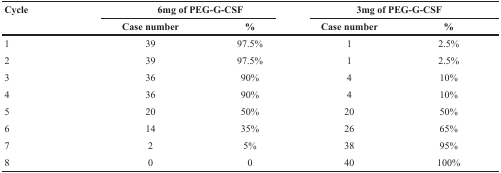
<table><thead><tr><td><b>Cycle</b></td><td colspan="2"><b>6mg of PEG-G-CSF</b></td><td colspan="2"><b>3mg of PEG-G-CSF</b></td></tr><tr><td></td><td><b>Case number</b></td><td><b>%</b></td><td><b>Case number</b></td><td><b>%</b></td></tr></thead><tbody><tr><td>1</td><td>39</td><td>97.5%</td><td>1</td><td>2.5%</td></tr><tr><td>2</td><td>39</td><td>97.5%</td><td>1</td><td>2.5%</td></tr><tr><td>3</td><td>36</td><td>90%</td><td>4</td><td>10%</td></tr><tr><td>4</td><td>36</td><td>90%</td><td>4</td><td>10%</td></tr><tr><td>5</td><td>20</td><td>50%</td><td>20</td><td>50%</td></tr><tr><td>6</td><td>14</td><td>35%</td><td>26</td><td>65%</td></tr><tr><td>7</td><td>2</td><td>5%</td><td>38</td><td>95%</td></tr><tr><td>8</td><td>0</td><td>0</td><td>40</td><td>100%</td></tr></tbody></table>